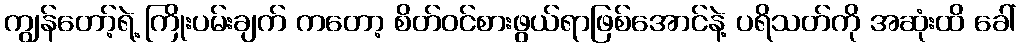
ကျွန်တော့်ရဲ့ ကြိုးပမ်းချက် ကတော့ စိတ်ဝင်စားဖွယ်ရာဖြစ်အောင်နဲ့ ပရိသတ်ကို အဆုံးထိ ခေါ်